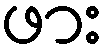
ဖား